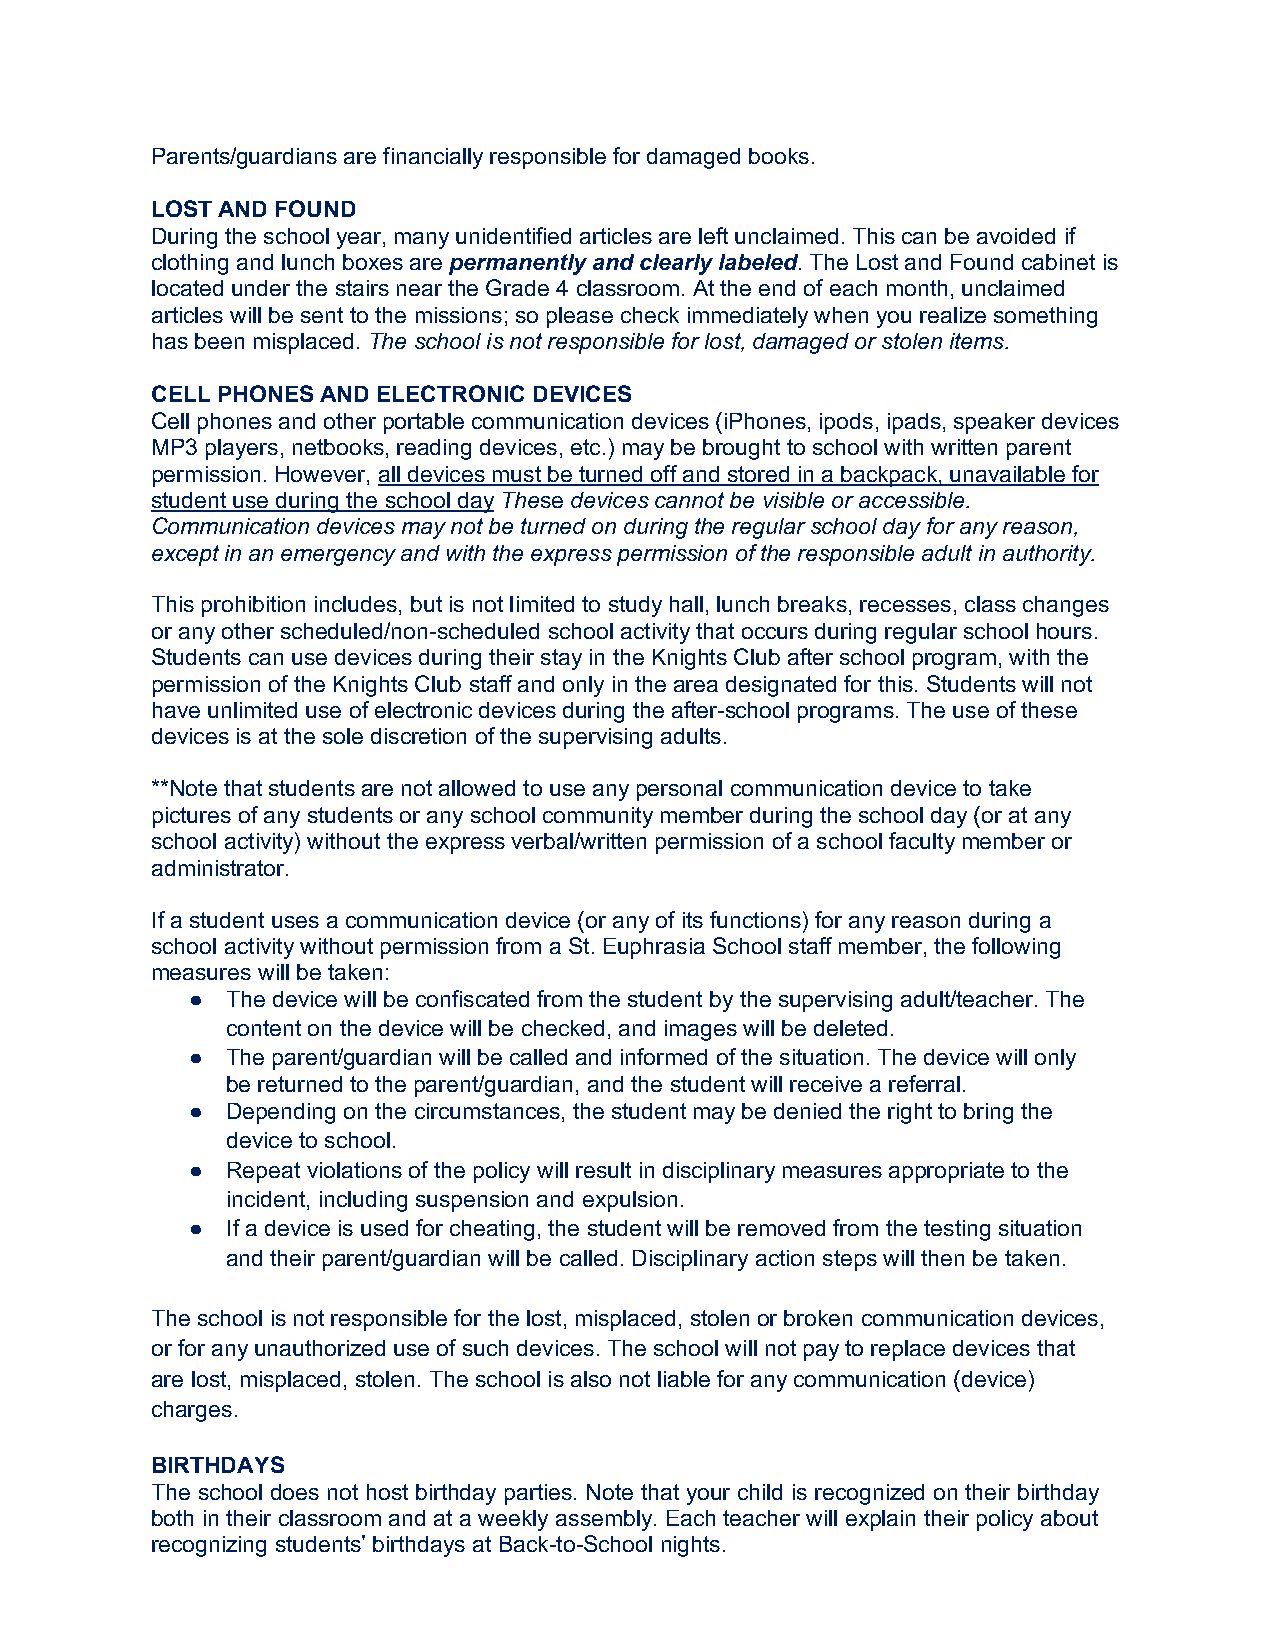
Parents/guardians are financially responsible for damaged books.
 LOST AND FOUND
 During the school year, many unidentified articles are left unclaimed. This can be avoided if
 clothing and lunch boxes are permanently and clearly labeled. The Lost and Found cabinet is
 located under the stairs near the Grade 4 classroom. At the end of each month, unclaimed
 articles will be sent to the missions; so please check immediately when you realize something
 has been misplaced. The school is not responsible for lost, damaged or stolen items.
 CELL PHONES AND ELECTRONIC DEVICES
 Cell phones and other portable communication devices (iPhones, ipods, ipads, speaker devices
 MP3 players, netbooks, reading devices, etc.) may be brought to school with written parent
 permission. However, all devices must be turned off and stored in a backpack, unavailable for
 student use during the school day These devices cannot be visible or accessible.
 Communication devices may not be turned on during the regular school day for any reason,
 except in an emergency and with the express permission of the responsible adult in authority.
 This prohibition includes, but is not limited to study hall, lunch breaks, recesses, class changes
 or any other scheduled/non-scheduled school activity that occurs during regular school hours.
 Students can use devices during their stay in the Knights Club after school program, with the
 permission of the Knights Club staff and only in the area designated for this. Students will not
 have unlimited use of electronic devices during the after-school programs. The use of these
 devices is at the sole discretion of the supervising adults.
 **Note that students are not allowed to use any personal communication device to take
 pictures of any students or any school community member during the school day (or at any
 school activity) without the express verbal/written permission of a school faculty member or
 administrator.
 If a student uses a communication device (or any of its functions) for any reason during a
 school activity without permission from a St. Euphrasia School staff member, the following
 measures will be taken:
 ● The device will be confiscated from the student by the supervising adult/teacher. The
 content on the device will be checked, and images will be deleted.
 ● The parent/guardian will be called and informed of the situation. The device will only
 be returned to the parent/guardian, and the student will receive a referral.
 ● Depending on the circumstances, the student may be denied the right to bring the
 device to school.
 ● Repeat violations of the policy will result in disciplinary measures appropriate to the
 incident, including suspension and expulsion.
 ● If a device is used for cheating, the student will be removed from the testing situation
 and their parent/guardian will be called. Disciplinary action steps will then be taken.
 The school is not responsible for the lost, misplaced, stolen or broken communication devices,
 or for any unauthorized use of such devices. The school will not pay to replace devices that
 are lost, misplaced, stolen. The school is also not liable for any communication (device)
 charges.
 BIRTHDAYS
 The school does not host birthday parties. Note that your child is recognized on their birthday
 both in their classroom and at a weekly assembly. Each teacher will explain their policy about
 recognizing students’ birthdays at Back-to-School nights.